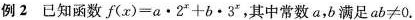
例2 已知函数 $$f ( x ) = a \bullet 2^{x} + b \bullet 3^{x}$$，其中常数a，b满足ab≠0.